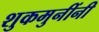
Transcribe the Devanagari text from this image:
शुकमुनींनी